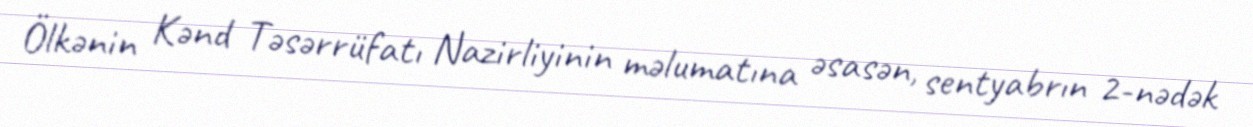
Ölkənin Kənd Təsərrüfatı Nazirliyinin məlumatına əsasən, sentyabrın 2-nədək